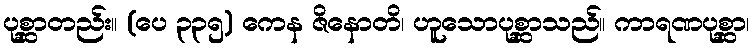
ပုစ္ဆာတည်း။ (ပေ ၃၃၅) ကေန ဇိနောတိ၊ ဟူသောပုစ္ဆာသည်။ ကာရဏပုစ္ဆာ၊